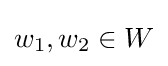
w_{1},w_{2}\in W